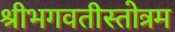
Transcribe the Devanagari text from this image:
श्रीभगवतीस्तोत्रम